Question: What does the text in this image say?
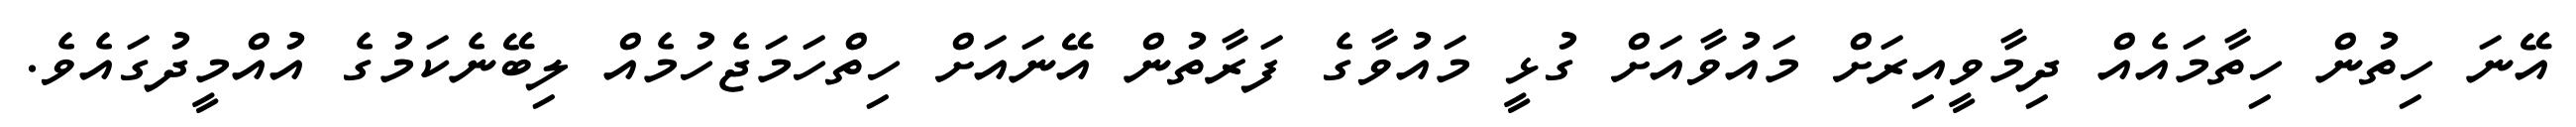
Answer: އޭނަ ހިތުން ހިތާމައެއް ދިމާވީއިރަށް މައުވާއަށް ގުޅީ މައުވާގެ ފަރާތުން އޭނައަށް ހިތްހަމަޖެހުމެއް ލިބޭނެކަމުގެ އުއްމީދުގައެވެ.